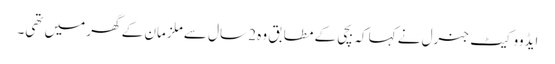
ایڈووکیٹ جنرل نے کہا کہ بچی کے مطابق وہ 2 سال سے ملزمان کے گھر میں تھی۔